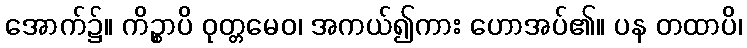
အောက်၌။ ကိဉ္စာပိ ဝုတ္တမေဝ၊ အကယ်၍ကား ဟောအပ်၏။ ပန တထာပိ၊